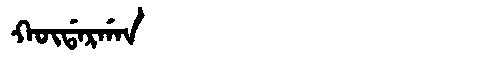
Manchu: ᡴᡡᡩᠠᡵᡤᠠᠨ
Romanization: KŪDARGAN